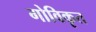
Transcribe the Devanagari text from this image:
गोविकृत